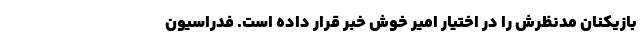
بازیکنان مدنظرش را در اختیار امیر خوش خبر قرار داده است. فدراسیون